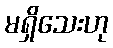
မရှိသေးဟု